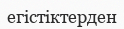
егістіктерден